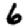
Digit: 6